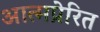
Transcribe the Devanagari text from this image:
आत्मप्रेरित